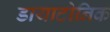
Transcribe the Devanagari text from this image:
डायाटोनिक